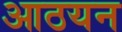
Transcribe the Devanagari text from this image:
आठयन